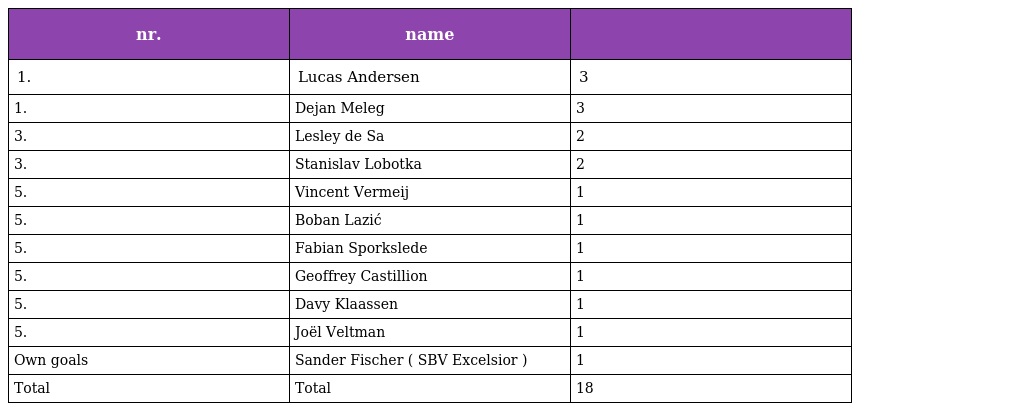
| nr. | name |  |
 | --- | --- | --- |
 | 1. | Lucas Andersen | 3 |
 | 1. | Dejan Meleg | 3 |
 | 3. | Lesley de Sa | 2 |
 | 3. | Stanislav Lobotka | 2 |
 | 5. | Vincent Vermeij | 1 |
 | 5. | Boban Lazić | 1 |
 | 5. | Fabian Sporkslede | 1 |
 | 5. | Geoffrey Castillion | 1 |
 | 5. | Davy Klaassen | 1 |
 | 5. | Joël Veltman | 1 |
 | Own goals | Sander Fischer ( SBV Excelsior ) | 1 |
 | Total | Total | 18 |